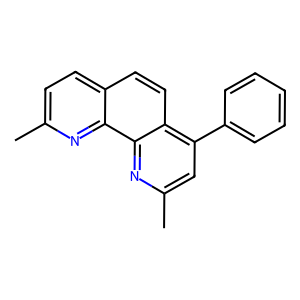
SMILES: Cc1ccc2ccc3c(-c4ccccc4)cc(C)nc3c2n1
Inhibits HIV replication: No